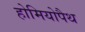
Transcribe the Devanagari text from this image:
होमियोपैथ